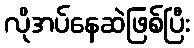
လိုအပ်နေဆဲဖြစ်ပြီး